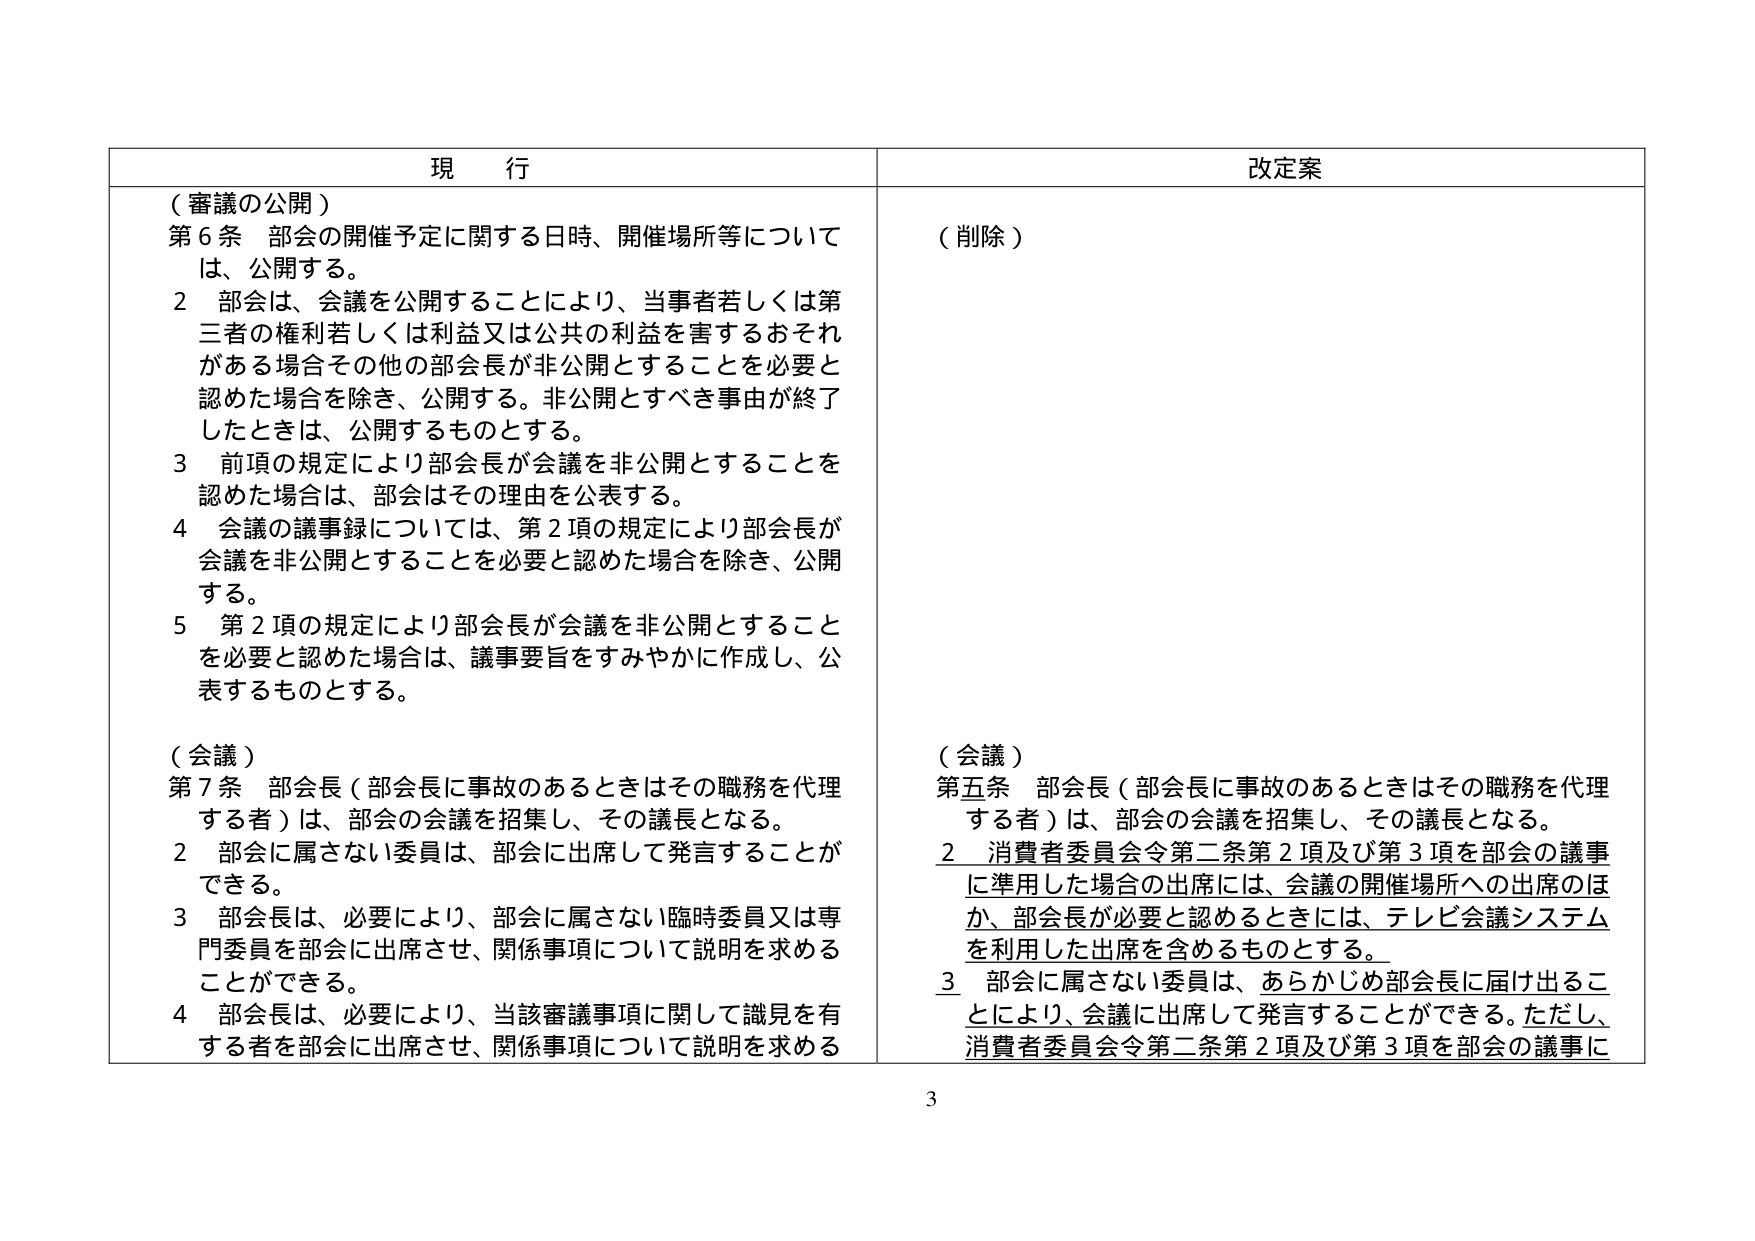
現 行

（審議の公開）
第6条 部会の開催予定に関する日時、開催場所等については、公開する。
2 部会は、会議を公開することにより、当事者若しくは第三者の権利若しくは利益又は公共の利益を害するおそれがある場合その他他の部会長が非公開とすることを必要と認めた場合を除き、公開する。非公開とすべき事由が終了したときは、公開するものとする。
3 前項の規定により部会長が会議を非公開とすることを認めた場合は、部会はその理由を公表する。
4 会議の議事録については、第2項の規定により部会長が会議を非公開とすることを必要と認めた場合を除き、公開する。
5 第2項の規定により部会長が会議を非公開とすることを必要と認めた場合は、議事要旨をすみやかに作成し、公表するものとする。

（会議）
第7条 部会長（部会長に事故のあるときはその職務を代理する者）は、部会の会議を招集し、その議長となる。
2 部会に属さない委員は、部会に出席して発言することができる。
3 部会長は、必要により、部会に属さない臨時委員又は専門委員を部会に出席させ、関係事項について説明を求めることができる。
4 部会長は、必要により、当該審議事項に関して識見を有する者を部会に出席させ、関係事項について説明を求める

改定案

（削除）

（会議）
第五条 部会長（部会長に事故のあるときはその職務を代理する者）は、部会の会議を招集し、その議長となる。
2 消費者委員会令第二条第2項及び第3項を部会の議事に準用した場合の出席には、会議の開催場所への出席のほか、部会長が必要と認めるときには、テレビ会議システムを利用した出席を含めるものとする。
3 部会に属さない委員は、あらかじめ部会長に届け出ることにより、会議に出席して発言することができる。ただし、消費者委員会令第二条第2項及び第3項を部会の議事に

3